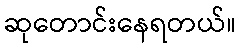
ဆုတောင်းနေရတယ်။